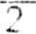
2